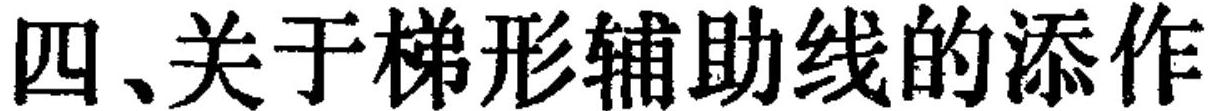
四、关于梯形辅助线的添作